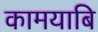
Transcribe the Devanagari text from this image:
कामयाबि